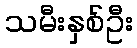
သမီးနှစ်ဦး